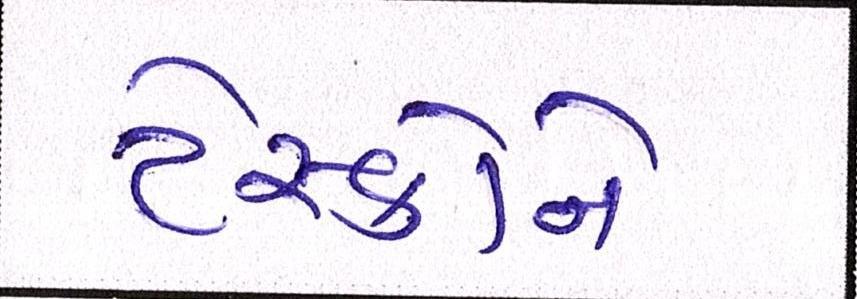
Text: ટેસ્કોને